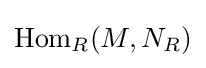
{\text{Hom}}_{R}(M,N_{R})